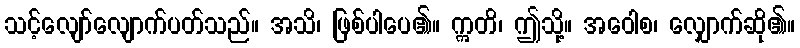
သင့်လျော်လျောက်ပတ်သည်။ အသိ၊ ဖြစ်ပါပေ၏။ ဣတိ၊ ဤသို့။ အဝေါစ၊ လျှောက်ဆို၏။